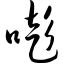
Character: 嘭